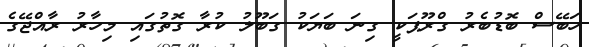
ހަބޭސް ބޮޑުބެރު ގްރޫޕަކީ ގިނަ ބަޔަކު ގަބޫލު ކުރާ ގޮތުގައި މިހާރު ރާއްޖޭގެ